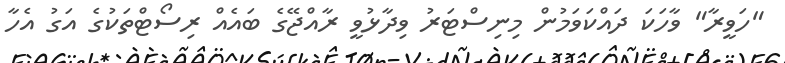
"ހަވީރާ" ވާހަކަ ދައްކަވަމުން މިނިސްޓަރު ވިދާޅުވީ ރާއްޖޭގެ ބައެއް ރިސޯޓްތަކުގެ އަގު އެހާ